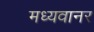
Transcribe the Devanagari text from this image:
मध्यवानर